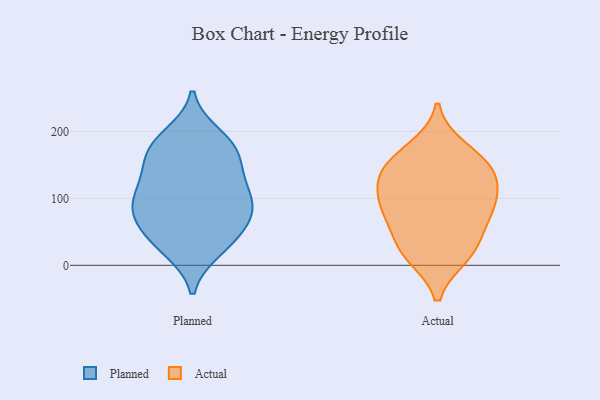
{"axis": {"x": "Operating Costs (USD K)", "y": "Value"}, "legend": ["Actual", "Planned"], "data": [{"x": "", "y": 194, "type": "Planned"}, {"x": "", "y": 63, "type": "Planned"}, {"x": "", "y": 165, "type": "Planned"}, {"x": "", "y": 61, "type": "Planned"}, {"x": "", "y": 162, "type": "Planned"}, {"x": "", "y": 93, "type": "Planned"}, {"x": "", "y": 78, "type": "Planned"}, {"x": "", "y": 125, "type": "Planned"}, {"x": "", "y": 36, "type": "Planned"}, {"x": "", "y": 179, "type": "Planned"}, {"x": "", "y": 76, "type": "Planned"}, {"x": "", "y": 114, "type": "Planned"}, {"x": "", "y": 27, "type": "Planned"}, {"x": "", "y": 144, "type": "Planned"}, {"x": "", "y": 91, "type": "Planned"}, {"x": "", "y": 110, "type": "Planned"}, {"x": "", "y": 23, "type": "Planned"}, {"x": "", "y": 184, "type": "Planned"}, {"x": "", "y": 148, "type": "Actual"}, {"x": "", "y": 27, "type": "Actual"}, {"x": "", "y": 81, "type": "Actual"}, {"x": "", "y": 150, "type": "Actual"}, {"x": "", "y": 131, "type": "Actual"}, {"x": "", "y": 130, "type": "Actual"}, {"x": "", "y": 90, "type": "Actual"}, {"x": "", "y": 24, "type": "Actual"}, {"x": "", "y": 95, "type": "Actual"}, {"x": "", "y": 173, "type": "Actual"}, {"x": "", "y": 74, "type": "Actual"}, {"x": "", "y": 16, "type": "Actual"}]}